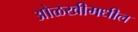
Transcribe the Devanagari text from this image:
ओळखीमधील